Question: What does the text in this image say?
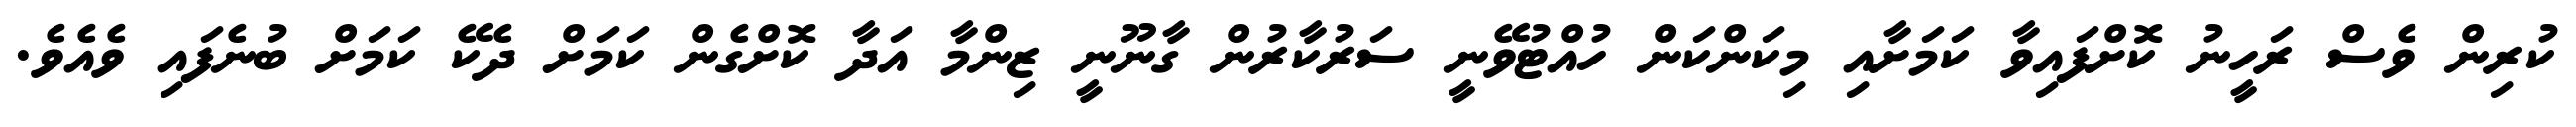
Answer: ކުރިން ވެސް ރަހީނު ކޮށްފައިވާ ކަމަށާއި މިކަންކަން ހުއްޓުވޭނީ ސަރުކާރުން ގާނޫނީ ޒިންމާ އަދާ ކޮށްގެން ކަމަށް ދެކޭ ކަމަށް ބުނެފައި ވެއެވެ.